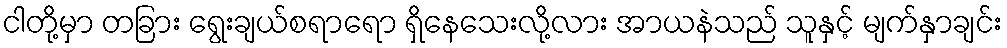
ငါတို့မှာ တခြား ရွေးချယ်စရာရော ရှိနေသေးလို့လား အာယနဲသည် သူနှင့် မျက်နှာချင်း